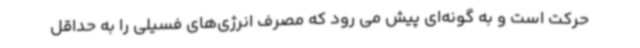
حرکت است و به گونه‌ای پیش می رود که مصرف انرژی‌های فسیلی را به حداقل